Report on malaria in the Punjab during the year ...  together with an account of the work of the Punjab Malaria Bureau - Volume 4
Disease focus: Malaria
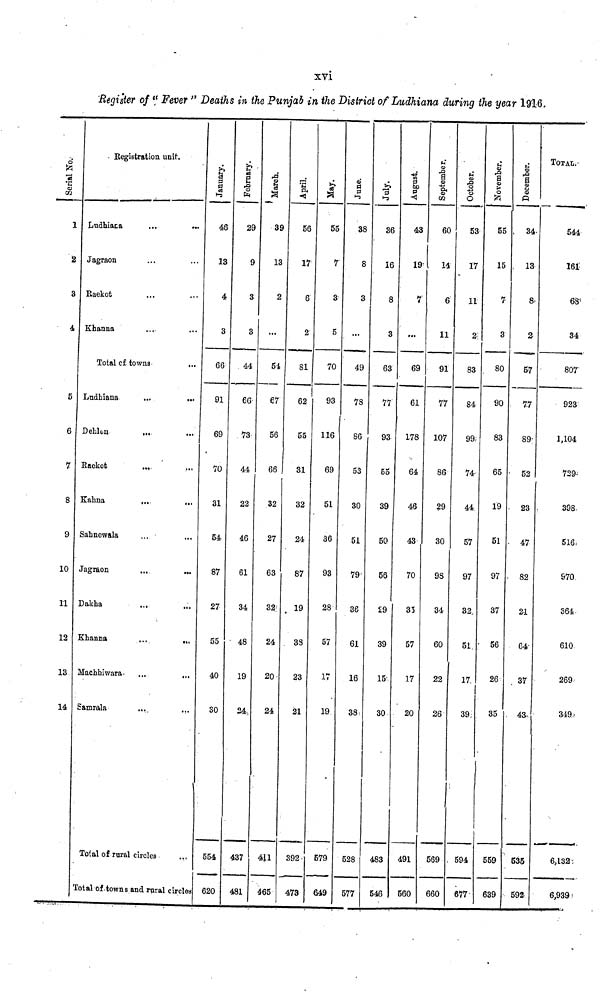
xvi
Register of "Fever " Deaths in the Punjab in the District of Ludhiana during the year 1916.
Serial No.
FM S.T.
2
3
4
5
6
7
8
9
10
11
12
13
14
Registration unit.
Ludhiaca
...
...
...Jagraon
Kaekot
Khanua
Total cf town
Ludhiana
111
...
Dehlon
Eaekot
...
Kahna
...
...
Sannewala
...
Jagraon
...
...
Dakha
Khanna
...
...
Matchhiwaraa
...
...
Samrala
Total of rural circles
¡total of towns and rural circles
January.
46
13
4
3
66
91
69
70
31
54
87
27
55
40
30
554
620
February.
29
9
3
3
44
66.
73
44
22
46
61
34
48
19
24.
437
481
March.
39
13
2
...
5-1
67
56
66
32
27
63
32
24
20
24
411
465
April
56
17
6
2
81
62
55
31
32
24
87
19
38
23
21
392.
473
55
7
3
5
70
93
116
69
51
36
93
28
57
17
19
579
649
June.
38
8
3
...
49
78
86
53
30
51
79
36
61
16
38 «
528
577
July.
36
16
8
3
63
77
93
55
39
50
56
29
39
I5
30
483
546
August.
43
19
7
...
69
61
178
64
46
43
70
35
57
17
20
491
560
September.
60
14
6
11
91
77
107
86
29
30
98
34
60
22
26
569
660
October.
53
17
11
2
83
84
99.
74
44
57
97
32.
51
17.
39
. 594
677-
November.
55
15
7
3
80
90
83
65
19
51
97
37
56
26
35
559
639
December.
34
13
8
2-
57
7.7
89
52
23
47
82
21
64'
. 37
43
535
592
TOTAL.
544
161
68
34
807
923
1,104
729
398.
516,
970
364
610
269
349
6,132
6,939